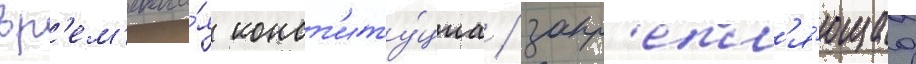
вр'ем'енна́я конст'иту́циа / закр'епл'я́ющаа